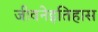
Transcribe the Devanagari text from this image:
जीवनेइतिहास